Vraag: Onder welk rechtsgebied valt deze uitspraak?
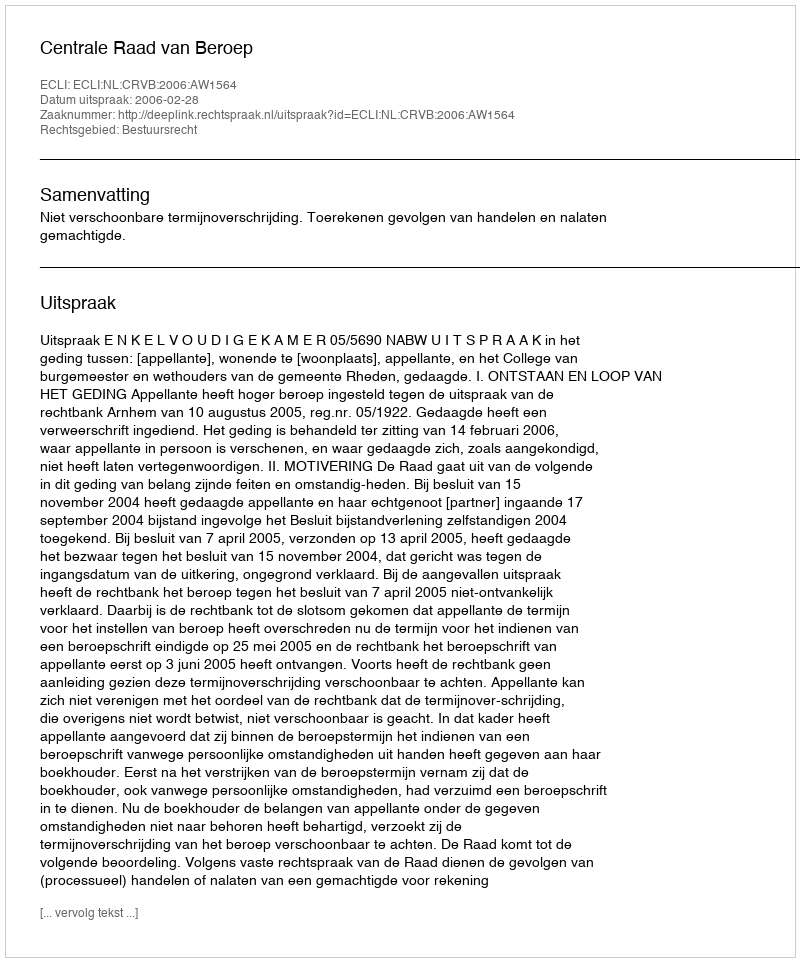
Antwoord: Bestuursrecht